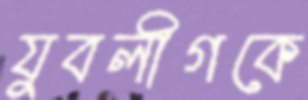
যুবলীগকে